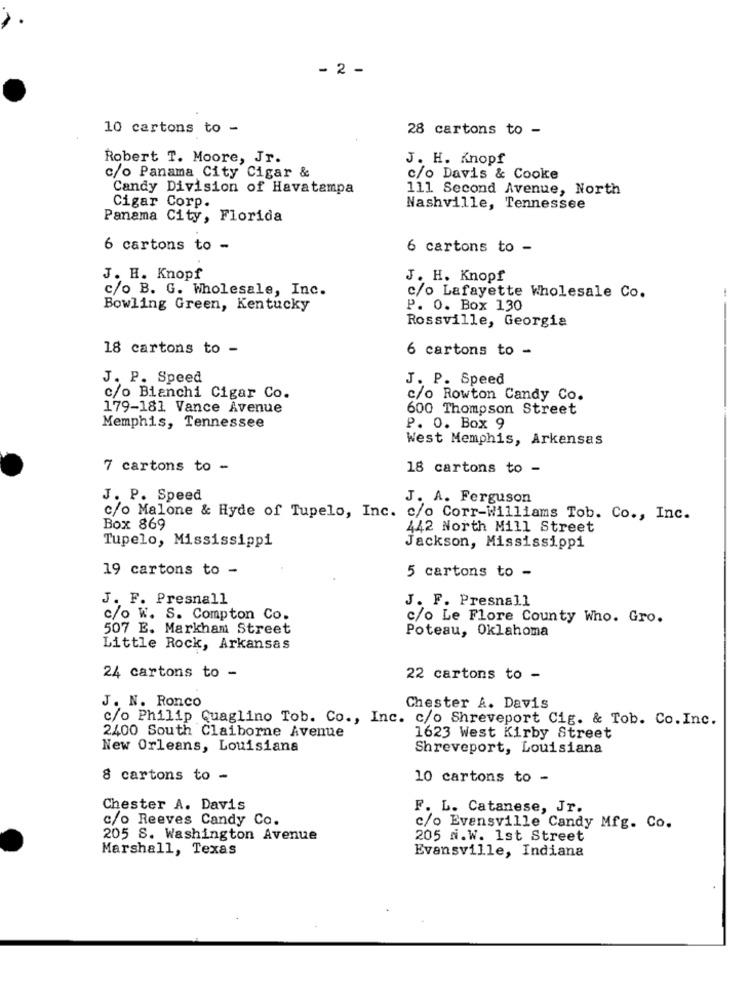
- 2 -
10 cartons to -
28 cartons to -
Robert T. Moore, Jr.
J. H. Knopf
c/o Panama City Cigar &
c/o Davis & Cooke
Candy Division of Havatampa
111 Second Avenue, North
Cigar Corp.
Nashville, Tennessee
Panama City, Florida
6 cartons to -
6 cartons to -
J. H. Knopf
J. H. Knopf
c/o B. G. Wholesale, Inc.
c/o Lafayette Wholesale Co.
Bowling Green, Kentucky
P. O. Box 130
Rossville, Georgia
18 cartons to -
6 cartons to -
J. P. Speed
J. P. Speed
c/o Bianchi Cigar Co.
c/o Rowton Candy Co.
179-181 Vance Avenue
600 Thompson Street
Memphis, Tennessee
P. O. Box 9
West Memphis, Arkansas
7 cartons to -
18 cartons to-
J. P. Speed
J. A. Ferguson
c/o Malone & Hyde of Tupelo, Inc.
c/o Corr-Williams Tob. Co ., Inc.
Box 869
442 North Mill Street
Tupelo, Mississippi
Jackson, Mississippi
19 cartons to -
5 cartons to -
J. F. Presnall
J. F. Presnall
c/o W. S. Compton Co.
c/o Le Flore County Who. Gro.
507 E. Markham Street
Poteau, Oklahoma
Little Rock, Arkansas
24 cartons to -
22 cartons to -
J. N. Ronco
Chester A. Davis
c/o Philip Quaglino Tob. Co ., Inc. c/o Shreveport Cig. & Tob. Co. Inc.
2400 South Claiborne Avenue
1623 West Kirby Street
New Orleans, Louisiana
Shreveport, Louisiana
8 cartons to -
10 cartons to -
Chester A. Davis
F. L. Catanese, Jr.
c/o Reeves Candy Co.
c/o Evansville Candy Mfg. Co.
205 S. Washington Avenue
205 m.W. 1st Street
Marshall, Texas
Evansville, Indiana